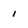
Character: 1